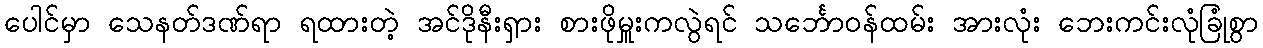
ပေါင်မှာ သေနတ်ဒဏ်ရာ ရထားတဲ့ အင်ဒိုနီးရှား စားဖိုမှူးကလွဲရင် သင်္ဘောဝန်ထမ်း အားလုံး ဘေးကင်းလုံခြုံစွာ